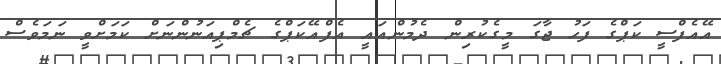
އޭއެފްސީ ކަޕްގެ ފަހު ޖާގަ މީގެކުރިން ދެމުންއައީ އެފްއޭކަޕްގެ ޗެމްޕިއަނުންނަށް ކަމަށްވީ ނަމަވެސް